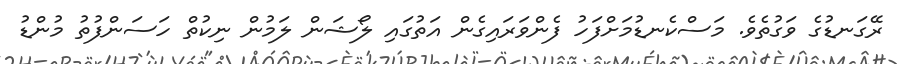
ރޭގަނޑުގެ ވަގުތެވެ. މަސްކެނޑުމަށްފަހު ފެންވަރައިގެން އަތުގައި ލޯޝަން ލަމުން ނިކުތް ހަސަންފުތު މުންޑު